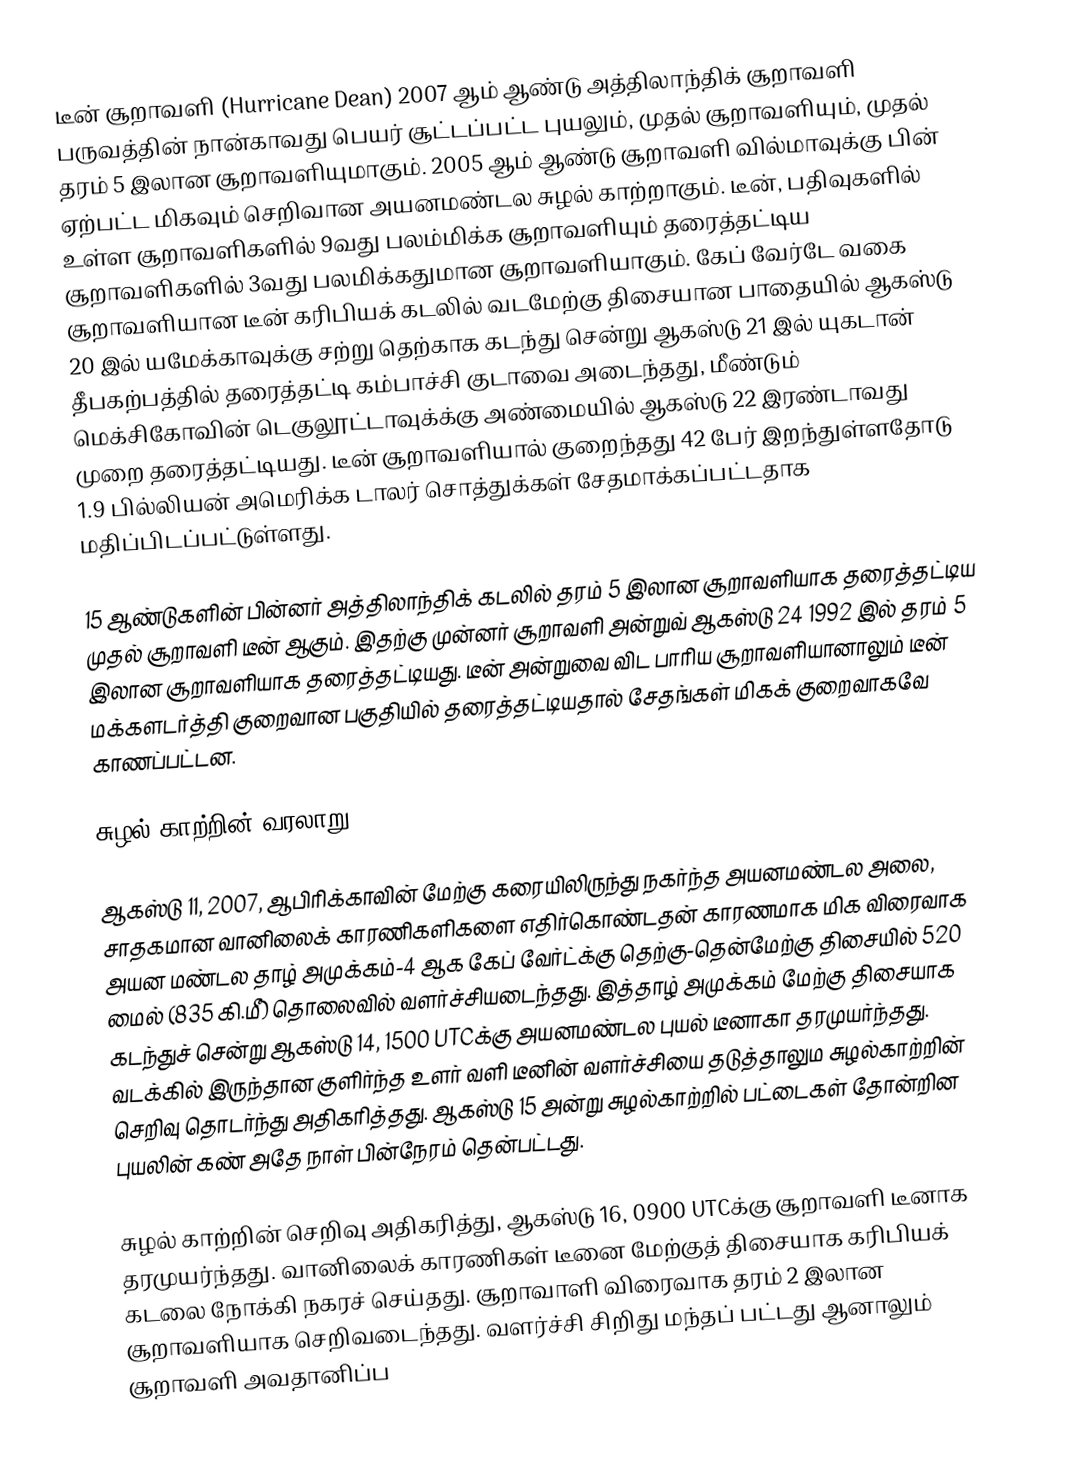
டீன் சூறாவளி (Hurricane Dean) 2007 ஆம் ஆண்டு அத்திலாந்திக் சூறாவளி பருவத்தின் நான்காவது பெயர் சூட்டப்பட்ட புயலும், முதல்  சூறாவளியும்,  முதல்  தரம் 5 இலான சூறாவளியுமாகும். 2005 ஆம் ஆண்டு சூறாவளி வில்மாவுக்கு பின் ஏற்பட்ட மிகவும் செறிவான அயனமண்டல சுழல் காற்றாகும். டீன், பதிவுகளில் உள்ள சூறாவளிகளில் 9வது பலம்மிக்க சூறாவளியும் தரைத்தட்டிய சூறாவளிகளில் 3வது பலமிக்கதுமான சூறாவளியாகும். கேப் வேர்டே வகை சூறாவளியான டீன் கரிபியக் கடலில் வடமேற்கு திசையான பாதையில் ஆகஸ்டு 20 இல் யமேக்காவுக்கு சற்று தெற்காக கடந்து சென்று ஆகஸ்டு 21 இல் யுகடான் தீபகற்பத்தில் தரைத்தட்டி கம்பாச்சி குடாவை அடைந்தது, மீண்டும் மெக்சிகோவின் டெகுலூட்டாவுக்க்கு அண்மையில் ஆகஸ்டு 22 இரண்டாவது முறை தரைத்தட்டியது. டீன் சூறாவளியால் குறைந்தது 42 பேர் இறந்துள்ளதோடு 1.9 பில்லியன் அமெரிக்க டாலர் சொத்துக்கள் சேதமாக்கப்பட்டதாக மதிப்பிடப்பட்டுள்ளது.

15 ஆண்டுகளின் பின்னர் அத்திலாந்திக் கடலில் தரம் 5 இலான சூறாவளியாக தரைத்தட்டிய முதல் சூறாவளி டீன் ஆகும். இதற்கு முன்னர் சூறாவளி அன்றுவ் ஆகஸ்டு 24 1992 இல்  தரம் 5 இலான சூறாவளியாக தரைத்தட்டியது. டீன் அன்றுவை விட பாரிய சூறாவளியானாலும் டீன் மக்களடர்த்தி குறைவான பகுதியில் தரைத்தட்டியதால் சேதங்கள் மிகக் குறைவாகவே காணப்பட்டன.

சுழல் காற்றின் வரலாறு

ஆகஸ்டு 11, 2007, ஆபிரிக்காவின் மேற்கு கரையிலிருந்து நகர்ந்த அயனமண்டல அலை,  சாதகமான வானிலைக் காரணிகளிகளை எதிர்கொண்டதன் காரணமாக மிக விரைவாக அயன மண்டல தாழ் அமுக்கம்-4 ஆக  கேப் வேர்ட்க்கு தெற்கு-தென்மேற்கு திசையில்  520 மைல் (835 கி.மீ) தொலைவில் வளர்ச்சியடைந்தது. இத்தாழ் அமுக்கம் மேற்கு திசையாக கடந்துச் சென்று  ஆகஸ்டு 14, 1500 UTCக்கு அயனமண்டல புயல் டீனாகா தரமுயர்ந்தது. வடக்கில் இருந்தான குளிர்ந்த உளர் வளி டீனின் வளர்ச்சியை தடுத்தாலும சுழல்காற்றின் செறிவு தொடர்ந்து அதிகரித்தது.  ஆகஸ்டு 15 அன்று சுழல்காற்றில் பட்டைகள் தோன்றின  புயலின் கண் அதே நாள் பின்நேரம் தென்பட்டது.

சுழல் காற்றின் செறிவு அதிகரித்து, ஆகஸ்டு 16, 0900 UTCக்கு சூறாவளி டீனாக தரமுயர்ந்தது. வானிலைக் காரணிகள் டீனை மேற்குத் திசையாக கரிபியக் கடலை நோக்கி நகரச் செய்தது. சூறாவாளி விரைவாக தரம் 2 இலான சூறாவளியாக செறிவடைந்தது. வளர்ச்சி சிறிது மந்தப் பட்டது ஆனாலும்  சூறாவளி அவதானிப்ப